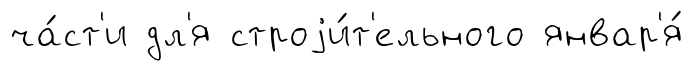
ча́ст'и дл'я строjи́т'ельного январ'я́